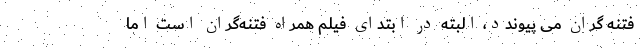
فتنه گران می پیوندد، البته در ابتدای فیلم همراه فتنه‌گران است اما